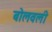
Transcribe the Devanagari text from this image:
बोलवली